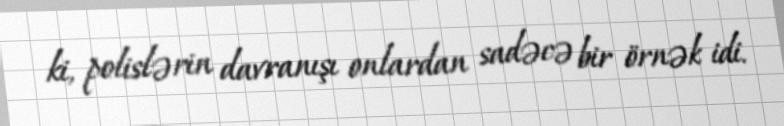
ki, polislərin davranışı onlardan sadəcə bir örnək idi.